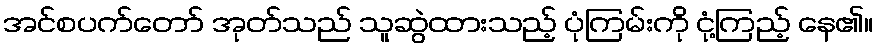
အင်စပက်တော် အုတ်သည် သူဆွဲထားသည့် ပုံကြမ်းကို ငုံ့ကြည့် နေ၏။